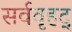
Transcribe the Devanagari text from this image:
सर्ववृहद्